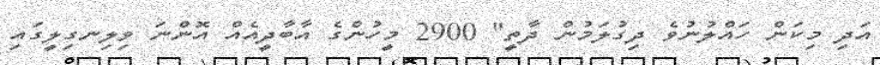
އަދި މިކަން ހައްލުނުވެ ދިގުލަމުން ދާތީ" 2900 މީހުންގެ އާބާދީއެއް އޮންނަ ވިލިނގިލީގައި